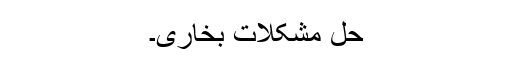
حل مشکلات بخاری۔